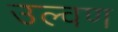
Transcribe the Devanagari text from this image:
उल्वण